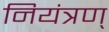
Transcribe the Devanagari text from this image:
नियंत्रण्